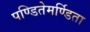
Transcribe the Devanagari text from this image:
पण्डितेमर्ण्डिता